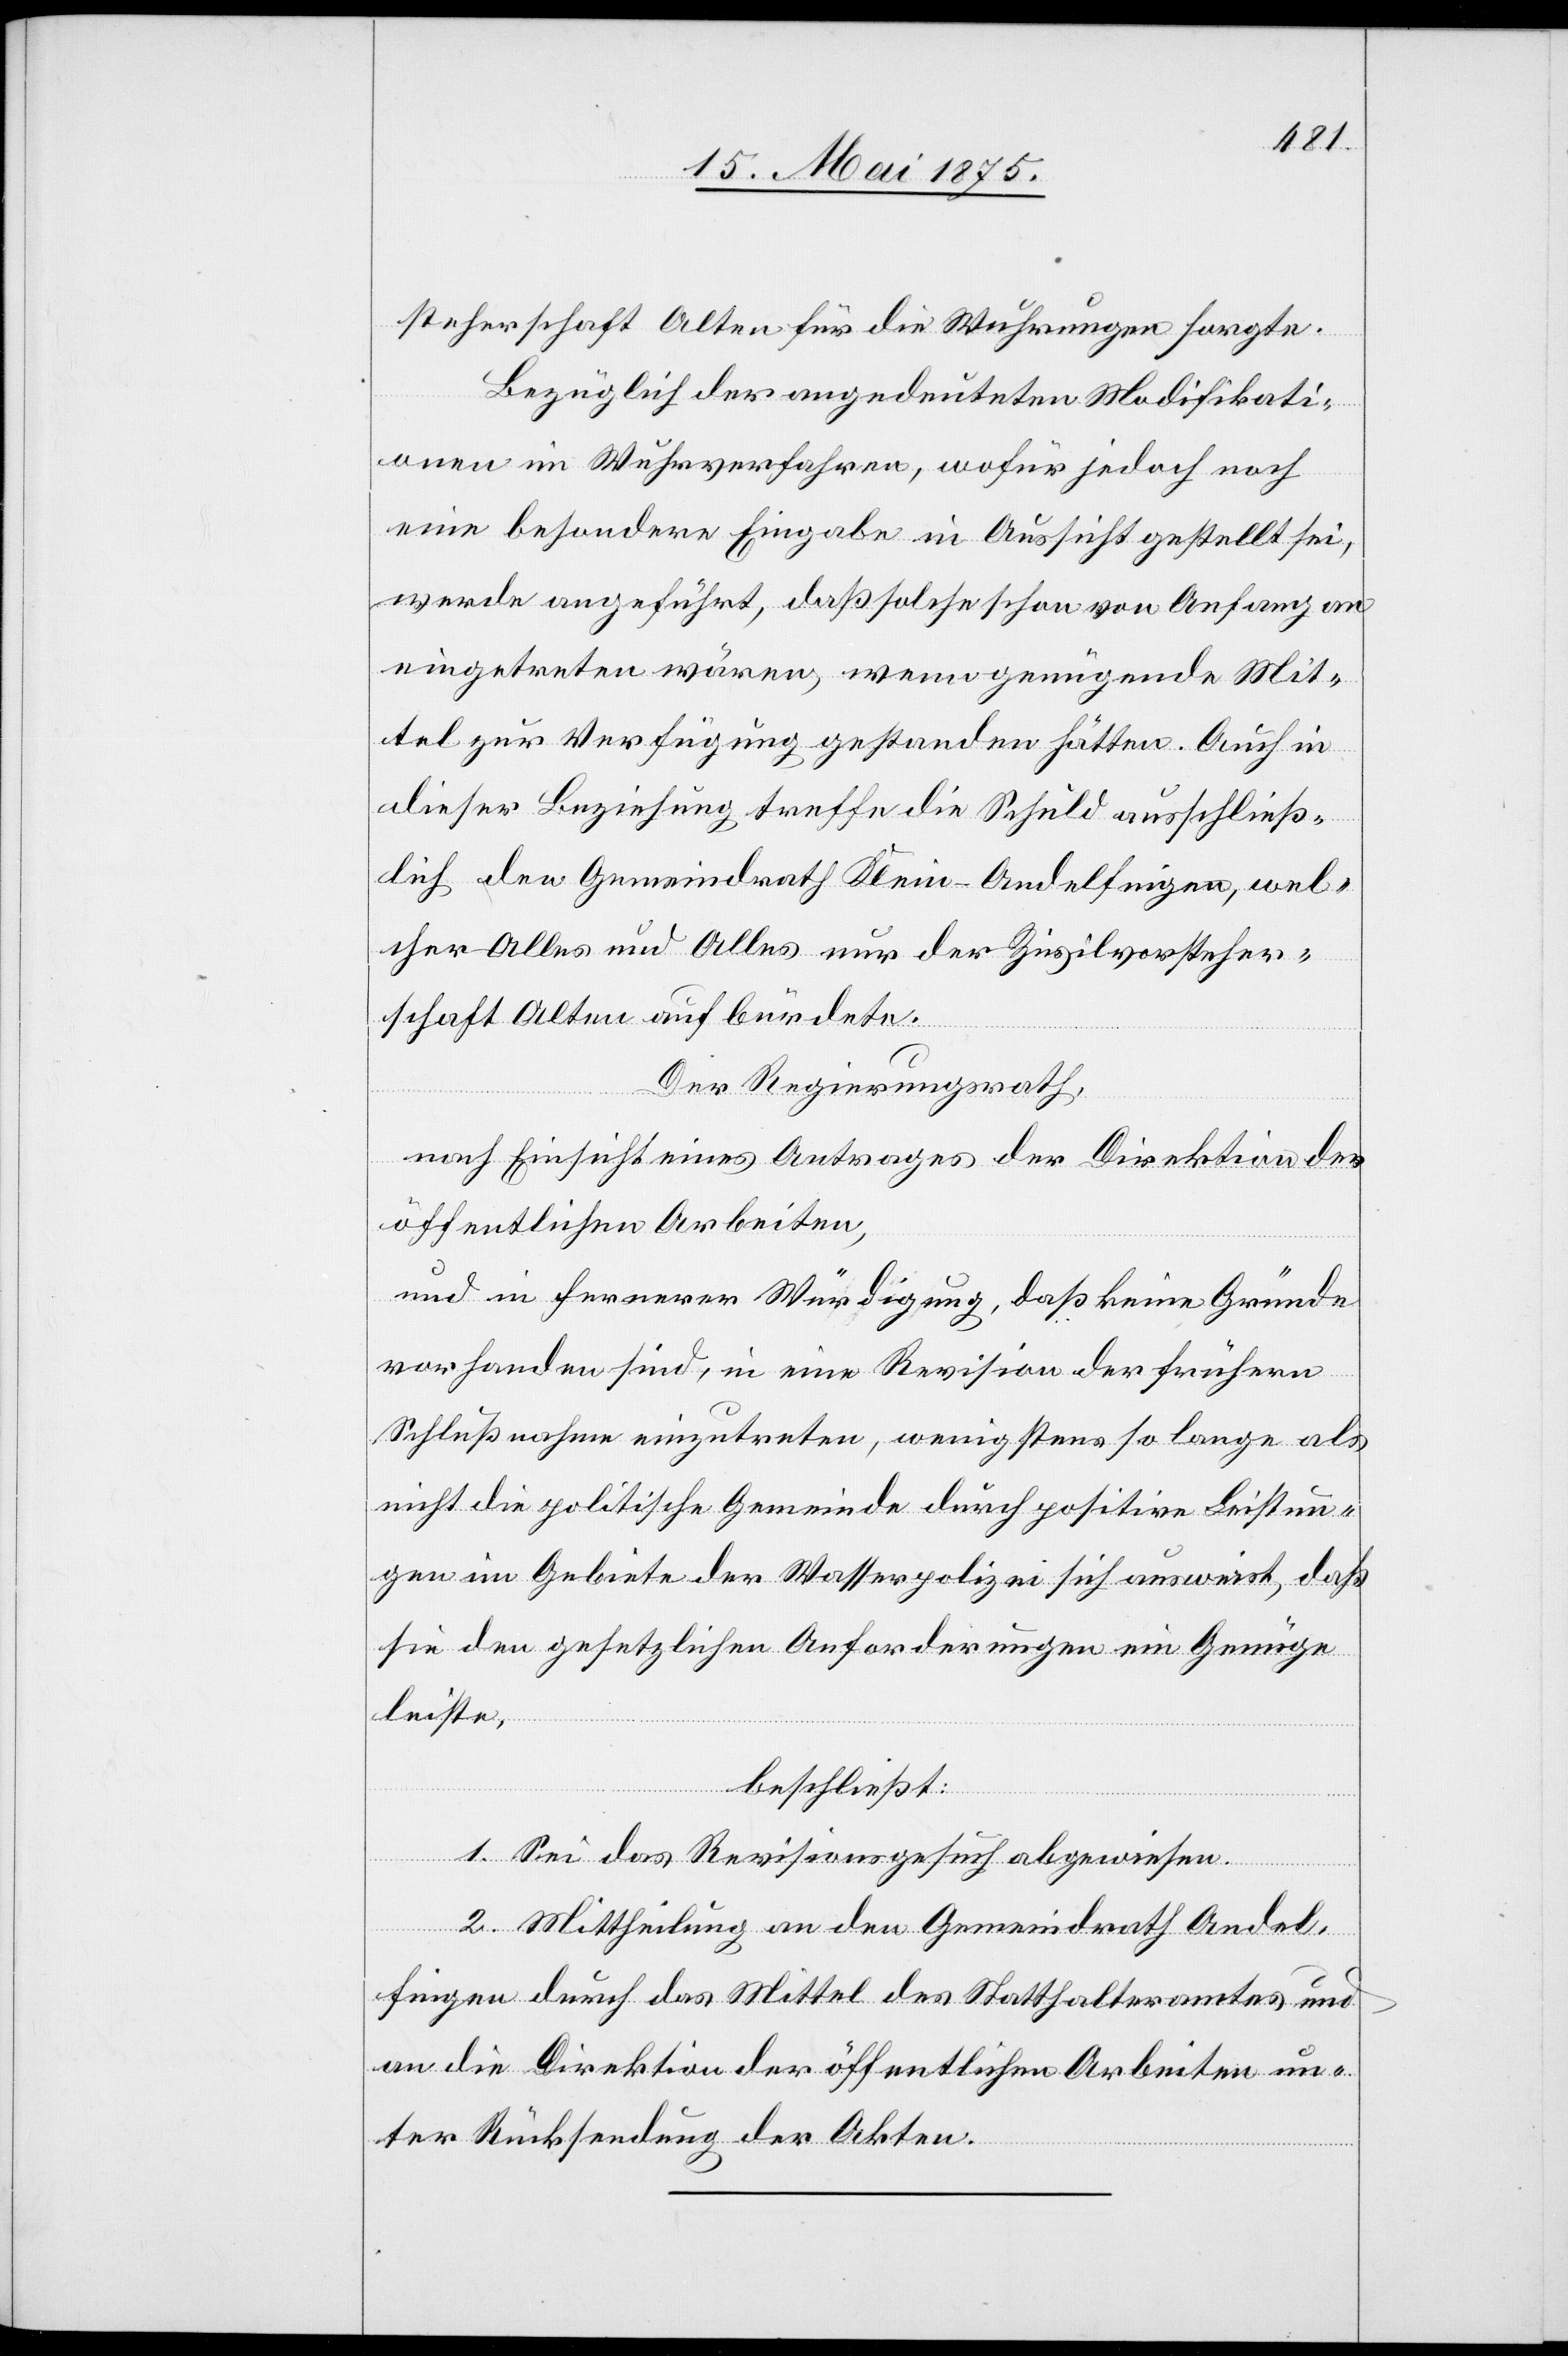
Andel¬
steherschaft Alten für die Wuhrungen sorgte.
Bezüglich der angedeuteten Modifikati¬
onen im Wuhrverfahren, wofür jedoch noch
eine besondere Eingabe in Aussicht gestellt sei,
werde angeführt, daß solche schon von Anfang an
eingetreten wären, wenn genügende Mit¬
tel zur Verfügung gestanden hätten. Auch in
dieser Beziehung treffe die Schuld ausschließ¬
lich den Gemeindrath Klein-Andelfingen, wel¬
cher Alles und Alles nur der Zivilvorsteher¬
schaft Alten aufbürdete.
Der Regierungsrath,
nach Einsicht eines Antrages der Direktion der
öffentlichen Arbeiten,
und in fernerer Würdigung, daß keine Gründe
vorhanden sind, in eine Revision der frühern
Schlußnahme einzutreten, wenigstens so lange als
nicht die politische Gemeinde durch positive Leistun¬
gen im Gebiete der Wasserpolizei sich ausweist, daß
sie den gesetzlichen Anforderungen ein Genüge
leiste,
beschließt:
1. Sei das Revisionsgesuch abzuweisen.
2. Mittheilung an den Gemeinderath [Klein]
fingen durch das Mittel des Statthalteramtes und
an die Direktion der öffentlichen Arbeiten un¬
ter Rücksendung der Akten.